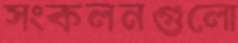
সংকলনগুলো